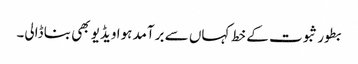
بطور ثبوت کے خط کہاں سے برآمد ہوا ویڈیو بھی بنا ڈالی۔